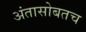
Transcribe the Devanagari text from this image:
अंतासोबतच